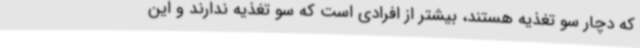
که دچار سو تغذیه هستند، بیشتر از افرادی است که سو تغذیه ندارند و این